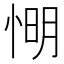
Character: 𢜠